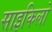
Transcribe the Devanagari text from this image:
साइकिलो